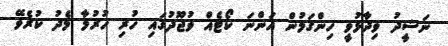
ނަޝީދު ވިދާޅުވީ ހިންގަމުން އަންނަ ކޯޓެއް ވުޖޫދުގައި ހުރި ހުރުމާ މެދު ކުރެވޭ